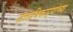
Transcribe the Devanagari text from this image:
सत्ताधिकाऱ्यांच्या